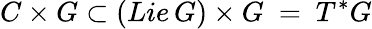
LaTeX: C\times G\subset(Lie\, G)\times G\ =\ T^{*}G